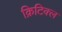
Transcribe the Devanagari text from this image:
क्रिटिक्ल